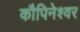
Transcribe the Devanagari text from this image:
कौपिनेश्वर